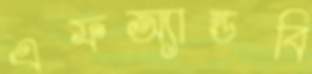
এফঅ্যান্ডবি